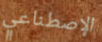
الإصطناعي